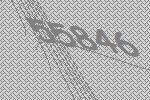
55846